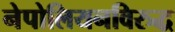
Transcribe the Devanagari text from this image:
नेपोलियनविरुद्ध